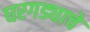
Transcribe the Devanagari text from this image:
घरगड्याचे